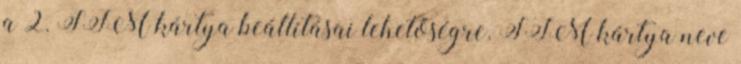
a 2. SIM kártya beállításai lehetőségre. SIM kártya neve